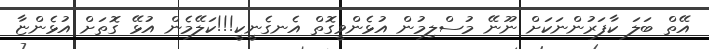
އޭތް ބަލަ ކާފަރުންނަކަށް ނޫނޭ މުސްލިމުން އުޅެންވީގޮތް އެނގެނީކީ!!!ކަލޭމެން އުޅޭ ގޮތަށް އުޅެންޏާ